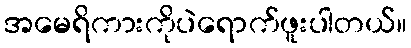
အမေရိကားကိုပဲရောက်ဖူးပါတယ်။